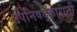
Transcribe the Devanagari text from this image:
उपनिषद्‌कारांनी